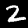
Label: 2